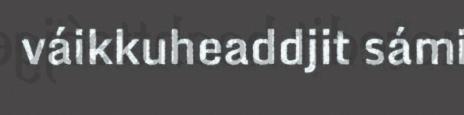
váikkuheaddjit sámi